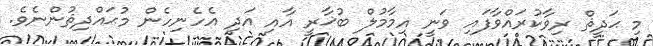
މި ޙަދީޘް ރިވާކުރައްވާފައި ވަނީ އިމާމުލް ބުޚާރީ އާއި އަދި އެހެނިހެން މުޙައްދިޘުންނެވެ.